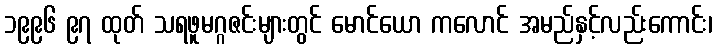
၁၉၉၆ ၉၇ ထုတ် သရဖူမဂ္ဂဇင်းများတွင် မောင်ယော ကလောင် အမည်နှင့်လည်းကောင်း၊